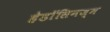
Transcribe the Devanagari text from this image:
हेडॉसिनज्म